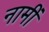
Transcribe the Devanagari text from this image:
नामीं